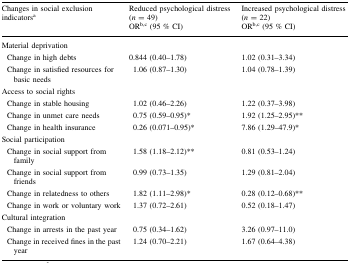
<table><thead><tr><td rowspan="2"><b>Changes in social exclusion indicators<sup>a</sup></b></td><td><b>Reduced psychological distress (<i>n</i> = 49)</b></td><td><b>Increased psychological distress (<i>n</i> = 22)</b></td></tr><tr><td><b>OR<sup>b,c</sup> (95 % CI)</b></td><td><b>OR<sup>b,c</sup> (95 % CI)</b></td></tr></thead><tbody><tr><td>Material deprivation</td><td></td><td></td></tr><tr><td> Change in high debts</td><td>0.844 (0.40–1.78)</td><td>1.02 (0.31–3.34)</td></tr><tr><td> Change in satisfied resources for basic needs</td><td>1.06 (0.87–1.30)</td><td>1.04 (0.78–1.39)</td></tr><tr><td>Access to social rights</td><td></td><td></td></tr><tr><td> Change in stable housing</td><td>1.02 (0.46–2.26)</td><td>1.22 (0.37–3.98)</td></tr><tr><td> Change in unmet care needs</td><td>0.75 (0.59–0.95)*</td><td>1.92 (1.25–2.95)**</td></tr><tr><td> Change in health insurance</td><td>0.26 (0.071–0.95)*</td><td>7.86 (1.29–47.9)*</td></tr><tr><td>Social participation</td><td></td><td></td></tr><tr><td> Change in social support from family</td><td>1.58 (1.18–2.12)**</td><td>0.81 (0.53–1.24)</td></tr><tr><td> Change in social support from friends</td><td>0.99 (0.73–1.35)</td><td>1.29 (0.81–2.04)</td></tr><tr><td> Change in relatedness to others</td><td>1.82 (1.11–2.98)*</td><td>0.28 (0.12–0.68)**</td></tr><tr><td> Change in work or voluntary work</td><td>1.37 (0.72–2.61)</td><td>0.52 (0.18–1.47)</td></tr><tr><td>Cultural integration</td><td></td><td></td></tr><tr><td> Change in arrests in the past year</td><td>0.75 (0.34–1.62)</td><td>3.26 (0.97–11.0)</td></tr><tr><td> Change in received fines in the past year</td><td>1.24 (0.70–2.21)</td><td>1.67 (0.64–4.38)</td></tr></tbody></table>